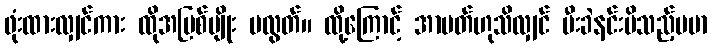
ဖုံးထားလျှင်ကား ထိုအပြစ်မျိုး မလွတ်။ ထို့ကြောင့် အာပတ်ဟုသိလျှင် မီးခဲနင်းမိသည့်ပမာ